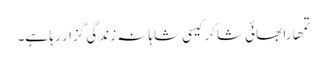
تمھارا بھائی شاکر کیسی شاہانہ زندگی گزار رہا ہے۔